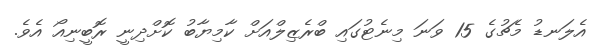
އެލަނޑު މެޗުގެ 15 ވަނަ މިނެޓުގައި ބްރެޒިލްއަށް ކާމިޔާބު ކޮށްދިނީ ރޮބީނިއޯ އެވެ.